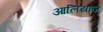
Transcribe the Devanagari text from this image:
आलियांज